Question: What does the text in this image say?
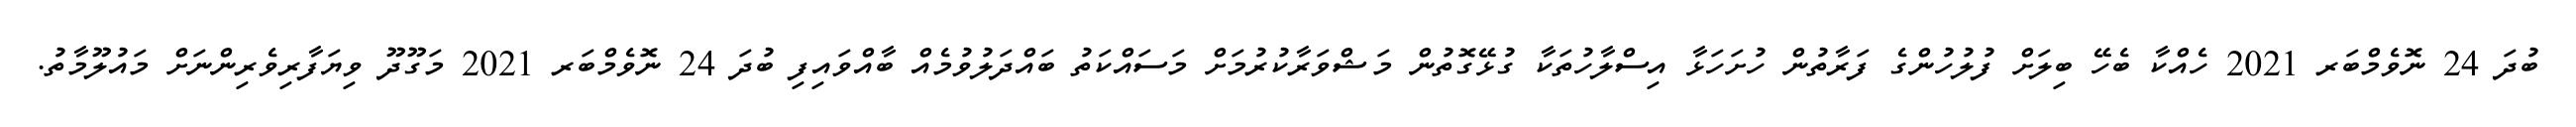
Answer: ބުދަ 24 ނޮވެމްބަރ 2021 ހެއްކާ ބެހޭ ބިލަށް ފުލުހުންގެ ފަރާތުން ހުށަހަޅާ އިސްލާހުތަކާ ގުޅޭގޮތުން މަޝްވަރާކުރުމަށް މަސައްކަތު ބައްދަލުވުމެއް ބާއްވައިފި ބުދަ 24 ނޮވެމްބަރ 2021 މަގޫދޫ ވިޔަފާރިވެރިންނަށް މައުލޫމާތު.